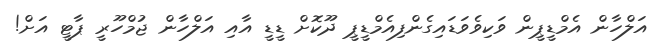
އަލްހާން އެމްޑީޕީން ވަކިވެވަޑައިގެންފިއެމްޑީޕީ ދޫކޮށް ޑީޑީ އާއި އަލްހާން ޖުމްހޫރީ ޕާޓީ އަށް!